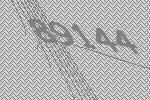
89144